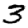
Digit: 3